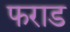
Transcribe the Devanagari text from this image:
फराड